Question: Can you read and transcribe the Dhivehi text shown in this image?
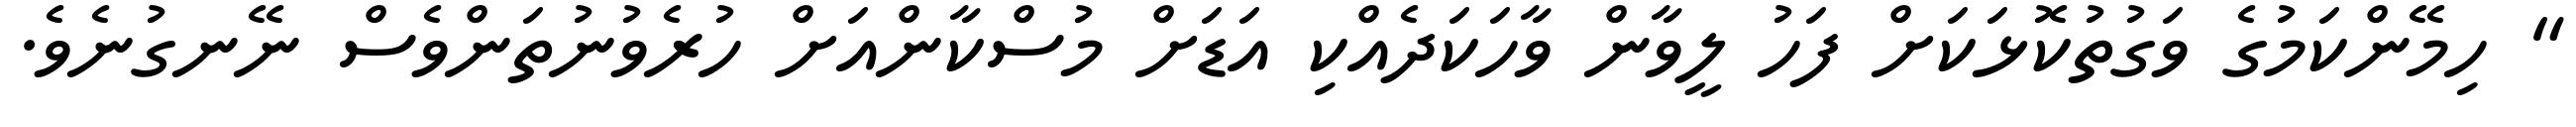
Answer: " ހިމޭންކަމުގެ ވަގުތުކޮޅަކަށް ފަހު ލީވާން ވާހަކަދެއްކި އަޑަށް މުސްކާންއަށް ހުރެވުނުތަންވެސް ނޭނގުނެވެ.